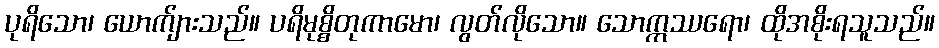
ပုရိသော၊ ယောက်ျားသည်။ ပရိမုစ္စိတုကာမော၊ လွတ်လိုသော။ သောဣဿရော၊ ထိုအစိုးရသူသည်။